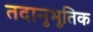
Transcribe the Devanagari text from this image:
तदानुभूतिक